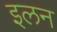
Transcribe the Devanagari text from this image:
इलन